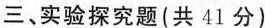
三、实验探究题(共41分)